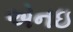
એનઇ